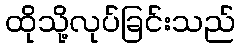
ထိုသို့လုပ်ခြင်းသည်